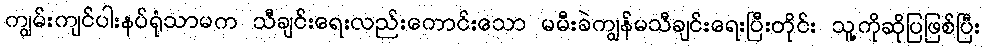
ကျွမ်းကျင်ပါးနပ်ရုံသာမက သီချင်းရေးလည်းကောင်းသော မမီးခဲကျွန်မသီချင်းရေးပြီးတိုင်း သူ့ကိုဆိုပြဖြစ်ပြီး